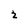
Character: 2